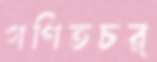
গণিতচর্